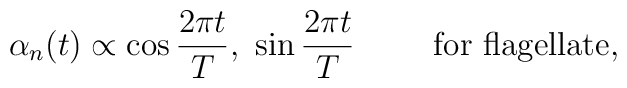
\alpha_n(t)\propto \cos{2\pi t \over T}, \ \sin{2\pi t \over T}  \hspace{1cm}{\rm for\  flagellate},